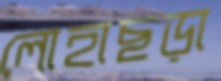
লোহাছড়া